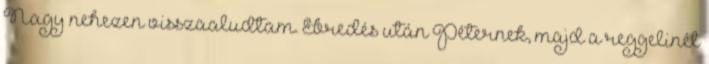
Nagy nehezen visszaaludtam. Ébredés után Péternek, majd a reggelinél